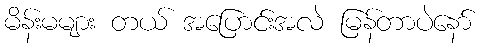
မိန်းမများ တယ် အပြောင်းအလဲ မြန်တာပဲနော်